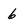
Character: 6